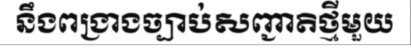
នឹងពង្រាងច្បាប់សញ្ជាតិថ្មីមួយ